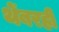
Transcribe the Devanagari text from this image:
थेंबरही